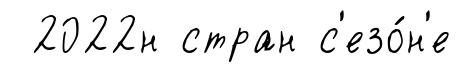
2022н стран с'езо́н'е